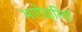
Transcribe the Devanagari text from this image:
भागेदारियाँ